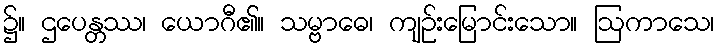
၌။ ဌပေန္တဿ၊ ယောဂီ၏။ သမ္ဗာဓေ၊ ကျဉ်းမြောင်းသော။ ဩကာသေ၊